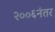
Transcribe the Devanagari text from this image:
२००६नंतर